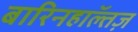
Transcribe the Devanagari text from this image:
बारिनहाॅल्तज़